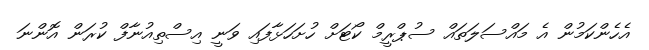
އެހެންކަމުން އެ މައްސަލަތައް ސުޕްރީމް ކޯޓަށް ހުށަހަޅާފައި ވަނީ އިސްތިއުނާފް ކުރަން އޮންނަ